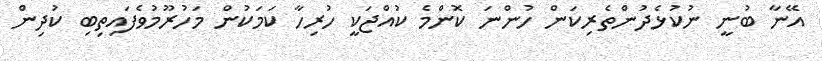
އޭނާ ބުނީ ނުކުޅެދުންތެރިކަން ހުންނަ ކޮންމެ ކުއްޖަކީ ހުރިހާ ކަމަކުން މަހުރޫމުވެފައިތިބި ކުދިން